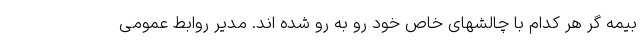
بیمه گر هر کدام با چالشهای خاص خود رو به رو شده اند. مدیر روابط عمومی